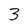
Character: 3